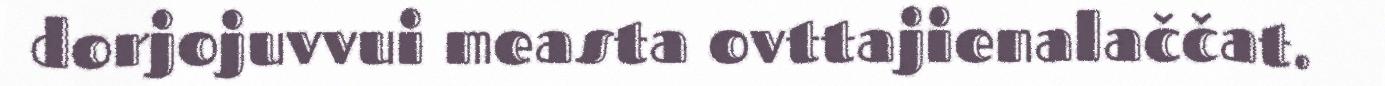
dorjojuvvui measta ovttajienalaččat.